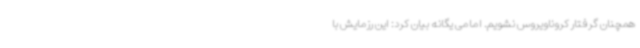
همچنان گرفتار کروناویروس نشویم. امامی یگانه بیان کرد: این رزمایش با